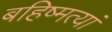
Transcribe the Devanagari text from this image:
बहिष्मत्यां